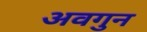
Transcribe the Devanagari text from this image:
अवगुन